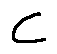
C